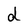
Character: d